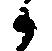
候